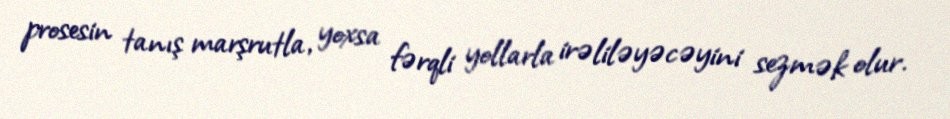
prosesin tanış marşrutla, yoxsa fərqli yollarla irəliləyəcəyini sezmək olur.